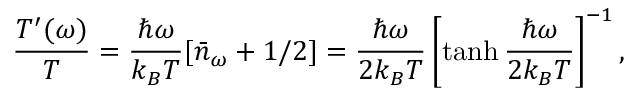
\frac { T ^ { \prime } ( \omega ) } { T } = \frac { \hbar \omega } { k _ { B } T } [ \bar { n } _ { \omega } + 1 / 2 ] = \frac { \hbar \omega } { 2 k _ { B } T } \left[ \operatorname { t a n h } { \frac { \hbar \omega } { 2 k _ { B } T } } \right] ^ { - 1 } ,